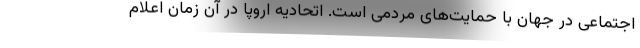
اجتماعی در جهان با حمایت‌های مردمی است. اتحادیه اروپا در آن زمان اعلام